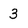
Character: 3